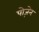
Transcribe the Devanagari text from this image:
पोज़ेन